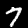
Label: 7